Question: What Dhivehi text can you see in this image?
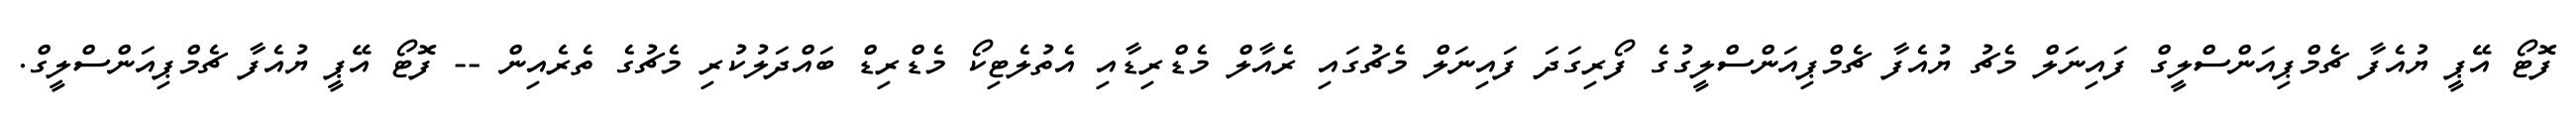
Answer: ފޮޓޯ އޭޕީ ޔުއެފާ ޗެމްޕިއަންސްލީގް ފައިނަލް މެޗު ޔުއެފާ ޗެމްޕިއަންސްލީގުގެ ފޯރިގަދަ ފައިނަލް މެޗުގައި ރެއާލް މެޑްރިޑާއި އެތުލެޓިކޯ މެޑްރިޑް ބައްދަލުކުރި މެޗުގެ ތެރެއިން -- ފޮޓޯ އޭޕީ ޔުއެފާ ޗެމްޕިއަންސްލީގް.